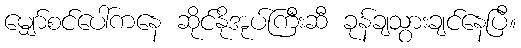
မျှော်စင်ပေါ်ကနေ ဆိုင်နိုအုပ်ကြီးဆီ ခုန်ချသွားချင်နေပြီ။